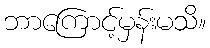
ဘာကြောင့်မှန်းမသိ။